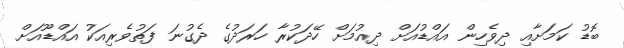
ބޮޑު ކަމަށާއި ދިވެހިން އައްޑުއަށް ދިއުމަށް ހޭދަކުރާ ހަރަދުގެ ދެގުނަ ފަތުވެރިއަކު އައްޑޫއަށް